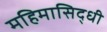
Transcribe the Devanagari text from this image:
महिमासिद्धी